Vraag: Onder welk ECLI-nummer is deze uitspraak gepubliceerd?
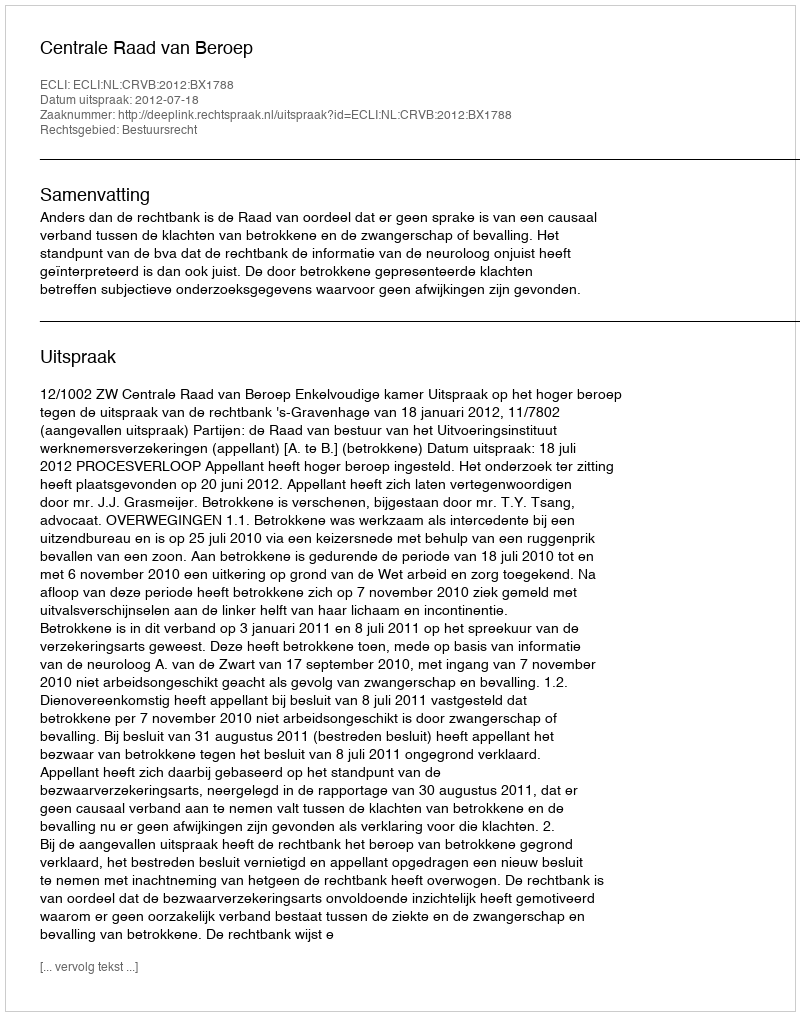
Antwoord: ECLI:NL:CRVB:2012:BX1788